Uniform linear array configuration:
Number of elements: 4
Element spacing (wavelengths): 0.75
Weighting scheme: hamming
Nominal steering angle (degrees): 60
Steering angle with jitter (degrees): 61.369
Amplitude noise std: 0.05
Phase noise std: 0.05

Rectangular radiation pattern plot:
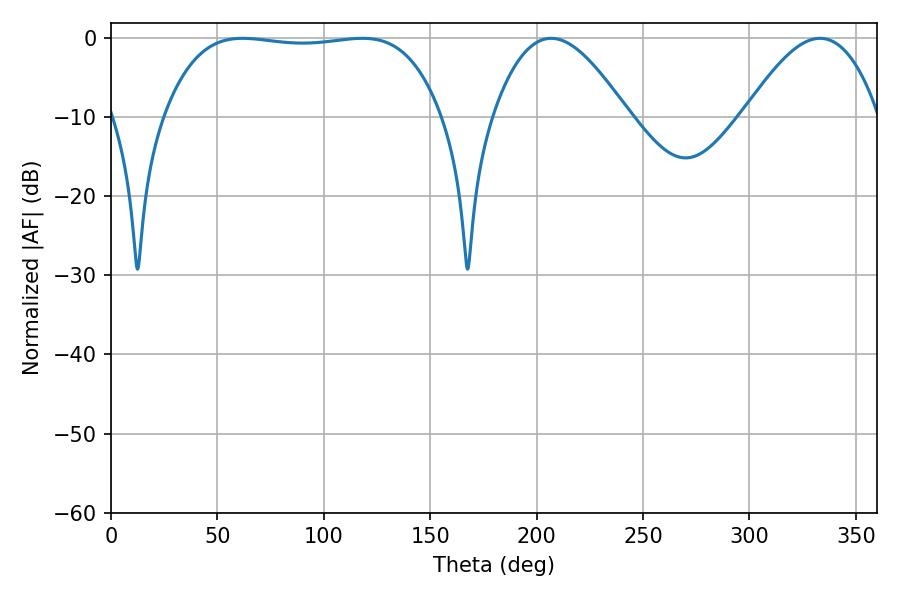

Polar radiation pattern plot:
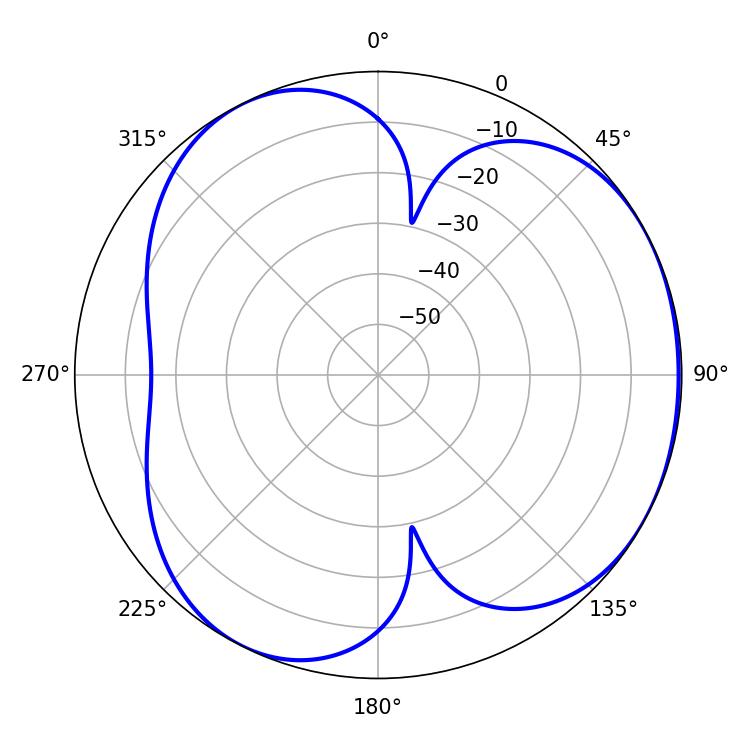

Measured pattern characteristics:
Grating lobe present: TRUE
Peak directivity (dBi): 3.805
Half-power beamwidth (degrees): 34.38
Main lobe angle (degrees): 206.82